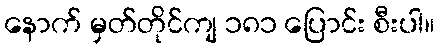
နောက် မှတ်တိုင်ကျ ၁၈၁ ပြောင်း စီးပါ။